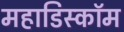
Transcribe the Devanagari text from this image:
महाडिस्कॉम